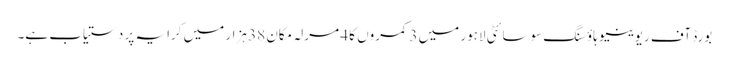
بورڈ آف ریوینیو ہاؤسنگ سوسائٹی لاہور میں 3 کمروں کا 4 مرلہ مکان 38 ہزار میں کرایہ پر دستیاب ہے۔